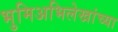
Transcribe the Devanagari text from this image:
भुमिअभिलेखांच्या